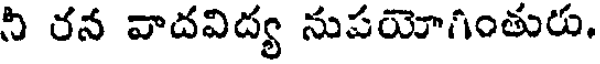
నీ రన వాదవిద్య నుపయోగింతురు.